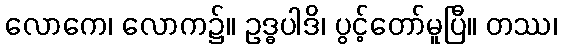
လောကေ၊ လောက၌။ ဥဒ္ဓပါဒိ၊ ပွင့်တော်မူပြီ။ တဿ၊